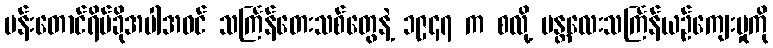
မန်းတောင်ရိပ်ခိုအပါအဝင် သင်္ကြန်တေးသစ်တွေနဲ့ ၁၉၄၇ က စလို့ မန္တလေးသင်္ကြန်ယဉ်ကျေးမှုကို